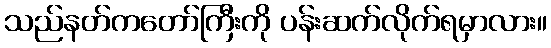
သည်နတ်ကတော်ကြီးကို ပန်းဆက်လိုက်ရမှာလား။